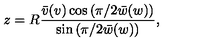
z = R \frac { \bar { v } ( v ) \cos \left( \pi / 2 \bar { w } ( w ) \right) } { \sin \left( \pi / 2 \bar { w } ( w ) \right) } ,